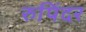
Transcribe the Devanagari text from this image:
रुपिंदर